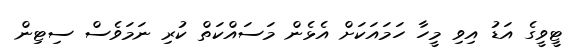
ޓީވީގެ އަޑު އިވި މީހާ ހަމައަކަށް އެޅެން މަސައްކަތް ކުރި ނަމަވެސް ސިޓިން